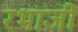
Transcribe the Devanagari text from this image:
रभाजी